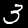
Label: 3